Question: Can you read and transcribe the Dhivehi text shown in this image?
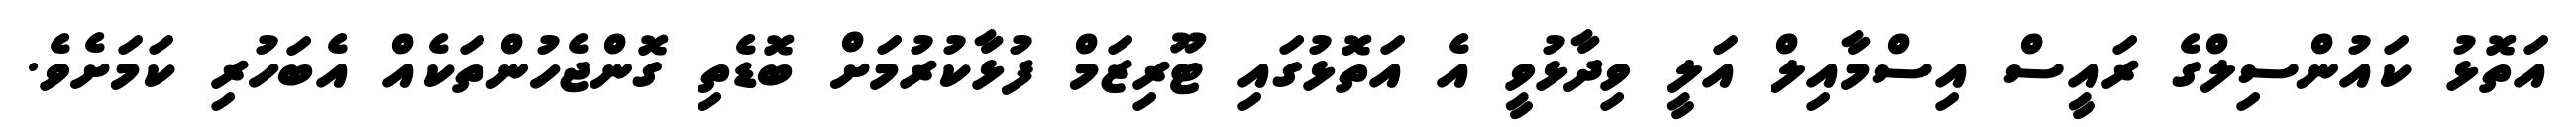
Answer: އަތޮޅު ކައުންސިލްގެ ރައީސް އިސްމާއިލް އަލީ ވިދާޅުވީ އެ އަތޮޅުގައި ޓޫރިޒަމް ފުޅާކުރުމަށް ބޮޑެތި ގޮންޖެހުންތަކެއް އެބަހުރި ކަމަށެވެ.